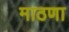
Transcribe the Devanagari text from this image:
माठणा